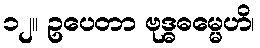
၁၂။ ဥပေတာ ဗုဒ္ဓဓမ္မေဟိ၊